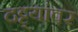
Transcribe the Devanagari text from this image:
दट्ट्यांवर